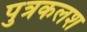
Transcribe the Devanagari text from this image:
पुत्रकलश